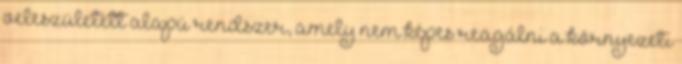
veleszületett alapú rendszer, amely nem képes reagálni a környezeti